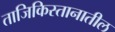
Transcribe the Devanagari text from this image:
ताजिकिस्तानातील